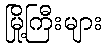
မြို့ကြီးများ